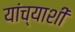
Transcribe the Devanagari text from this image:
यांच्याशीं